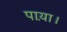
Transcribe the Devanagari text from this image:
पाय़ा।